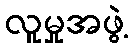
လူမှုအဖွဲ့